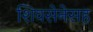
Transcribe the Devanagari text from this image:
शिवसेनेसह